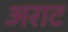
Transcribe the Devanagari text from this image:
अराट